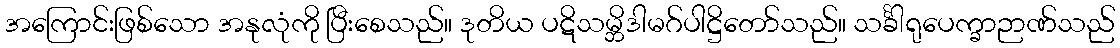
အကြောင်းဖြစ်သော အနုလုံကို ပြီးစေသည်။ ဒုတိယ ပဋိသမ္ဘိဒါမဂ်ပါဋ္ဌိတော်သည်။ သင်္ခါရုပေက္ခာဉာဏ်သည်